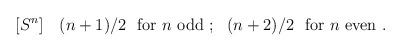
\begin{align*}[S^{n}]~~~ (n+1)/2~~{\rm for}~n~ {\rm odd}~;~~ (n+2)/2~~{\rm for}{}~n~ {\rm even}~.\end{align*}